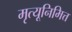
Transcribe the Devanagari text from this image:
मृत्यूनिमित्त